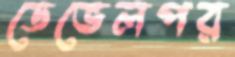
ডেভেলপর